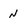
Character: N